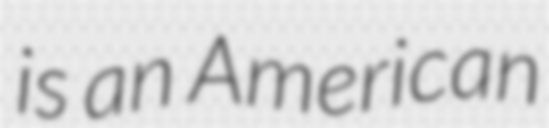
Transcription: is an American